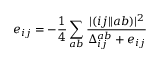
e _ { i j } = - \frac { 1 } { 4 } \sum _ { a b } \frac { | ( i j | | a b ) | ^ { 2 } } { \Delta _ { i j } ^ { a b } + e _ { i j } }